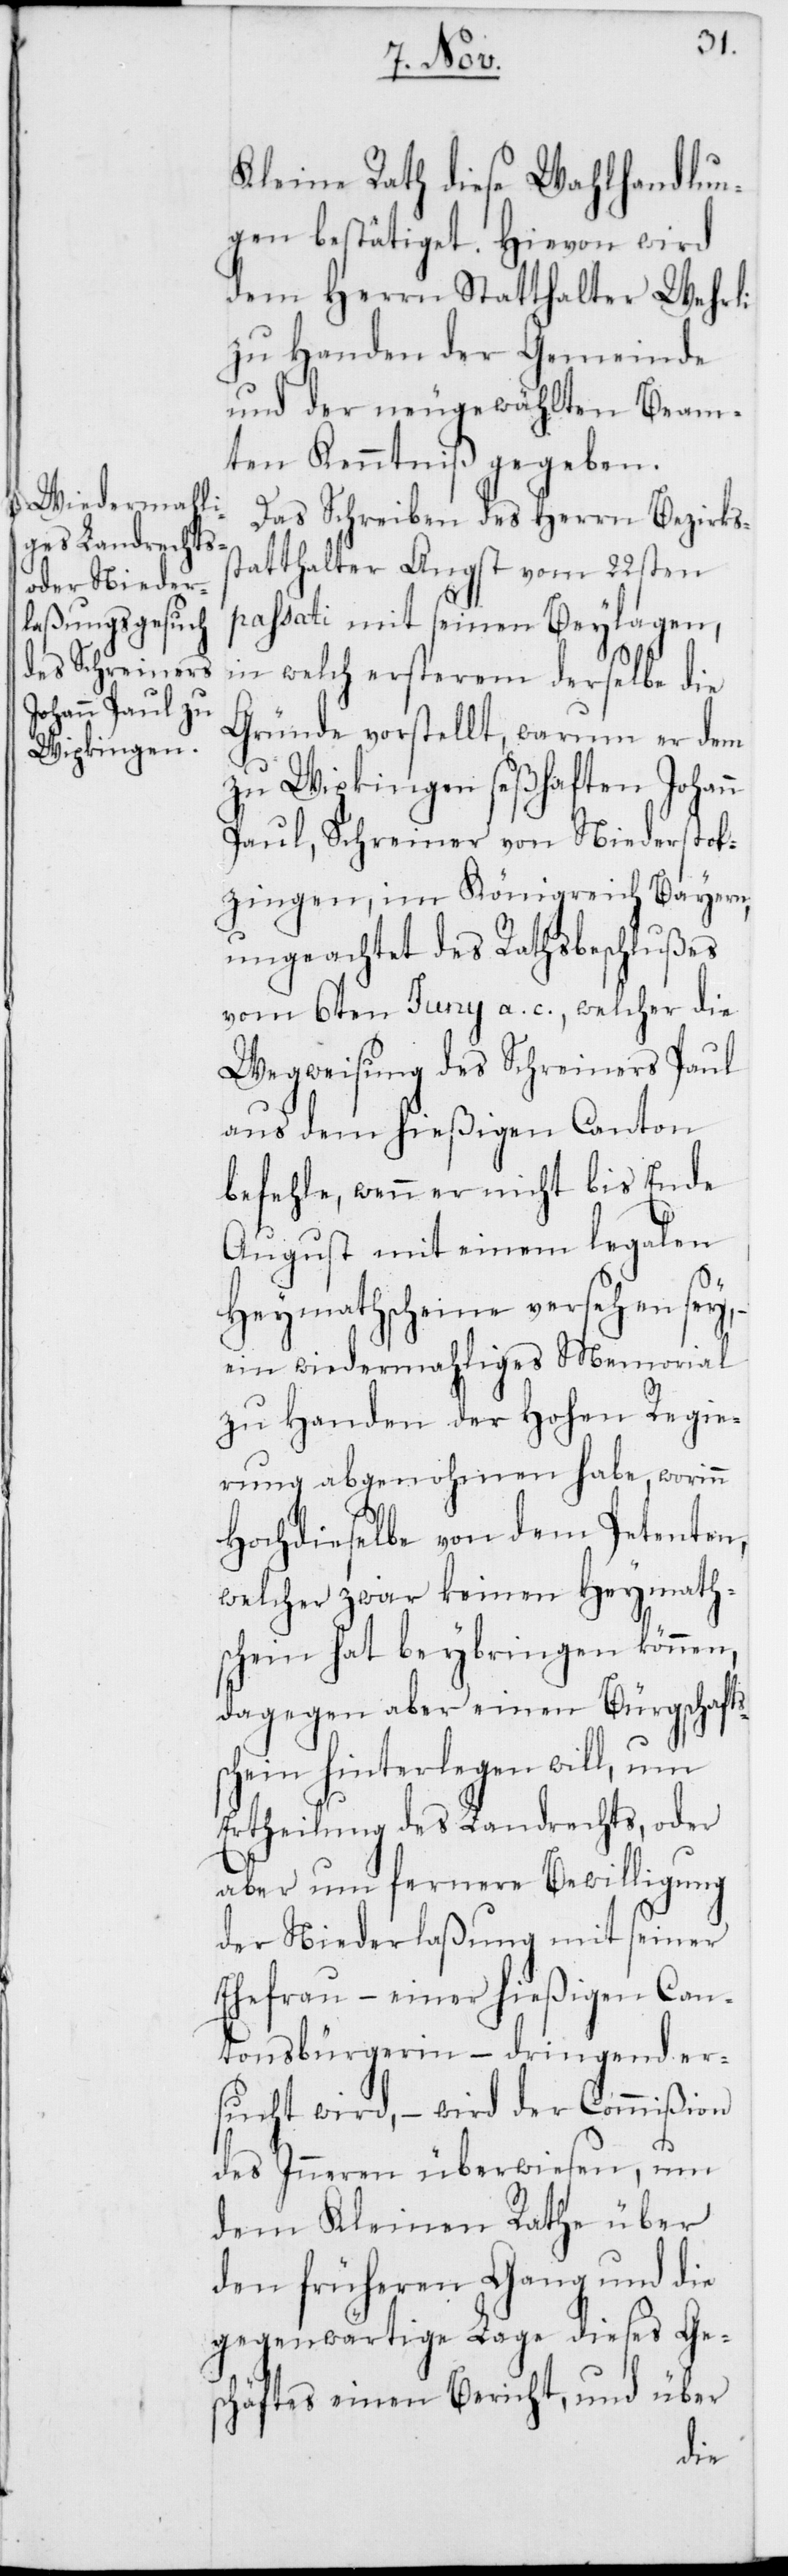
sc¬
Kleine Rath diese Wahlhandlun¬
gen bestätiget. Hievon wird
dem Herrn Statthalter Wehrli
zu Handen der Gemeinde
und der neugewählten Beam¬
ten Kenntniß gegeben.
Das Schreiben des Herrn Bezirkss¬
tatthalter Angst vom 22sten
passati mit seinen Beylagen,
in welch ersterem derselbe die
Gründe vorstellt, warum er dem
zu Wipkingen seßhaften Johann
Paul, Schreiner von Niederstok¬
zingen, im Königreich Bayern,
ungeachtet des Rathsbeschlußes
vom 6ten Junii a. c., welcher die
Wegweisung der Schreiners Paul
aus dem hießigen Canton
befehle, wenn er nicht bis Ende
August mit einem legalen
Heymathscheine versehen sey,
ein wiedermahliges Memorial
zu Handen der Hohen Regie¬
rung abgenohmen habe, worinn
Hochdieselbe von dem Petenten,
welcher zwar keinen Heymath¬
schein hat beybringen können,
dagegen aber einen Bürgschafts¬
hein hinterlegen will, um
Ertheilung des Landrechts, oder
aber um fernere Bewilligung
der Niederlaßung mit seiner
Ehefrau, – einer hießigen Can¬
tonsbürgerin, – dringend er¬
sucht wird, – wird der Commißion
des Inneren überwiesen, um
dem Kleinen Rathe über
den früheren Gang und die
gegenwärtige Lage dieses Ges¬
chäfts einen Bericht, und über